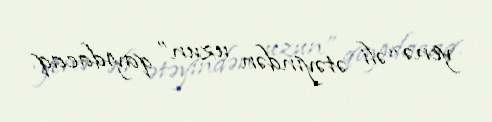
yenə “əli ətəyindən uzun” qayıdacaq.